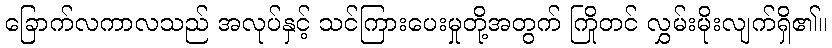
ခြောက်လကာလသည် အလုပ်နှင့် သင်ကြားပေးမှုတို့အတွက် ကြိုတင် လွှမ်းမိုးလျက်ရှိ၏။